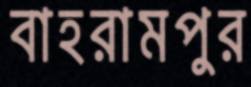
বাহরামপুর